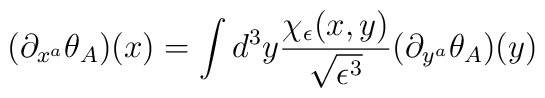
(\partial_{x^a}\theta_A)(x)= \int d^3y \frac{\chi_{\epsilon}(x,y)}{\sqrt{\epsilon^3}} (\partial_{y^a}\theta_A)(y)